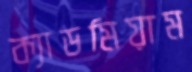
ক্যাডমিয়াম